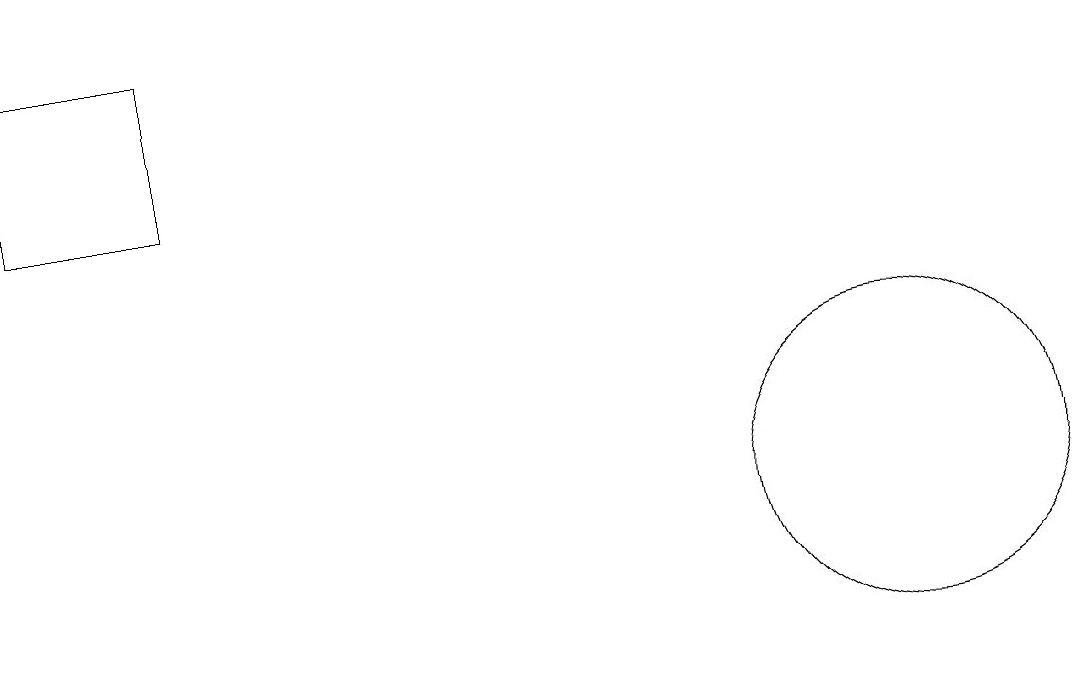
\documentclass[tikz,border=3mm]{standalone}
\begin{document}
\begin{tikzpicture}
\draw (11,10) circle (2);
\draw (10,11) circle (0);
\draw (0,14) rectangle (2,16);
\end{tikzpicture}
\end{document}